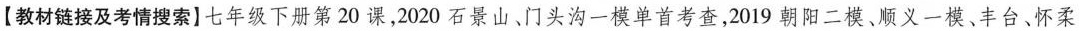
【教材链接及考情搜索】七年级下册第20课，2020石景山、门头沟-模单首考查，2019朝阳二模、顺义一模、丰台、怀柔